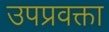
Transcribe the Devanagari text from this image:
उपप्रवक्ता